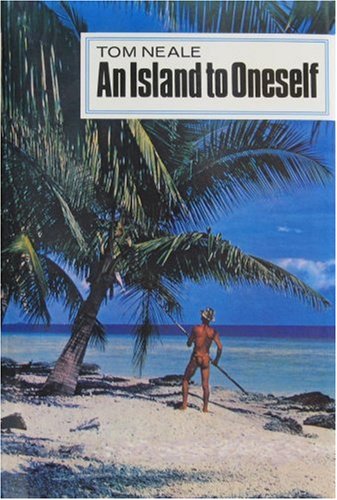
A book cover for An Island to Oneself; Tom Neale; History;